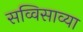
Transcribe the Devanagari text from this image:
सव्विसाव्या